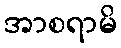
အာစရာမိ